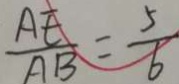
\frac { A E } { A B } = \frac { 5 } { 6 }